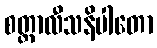
စတ္တာလီသနိပါတော